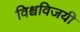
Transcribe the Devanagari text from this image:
विश्वविजयी